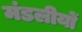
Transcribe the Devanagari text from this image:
मंडलीयों